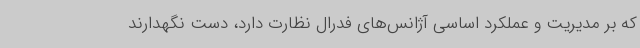
که بر مدیریت و عملکرد اساسی آژانس‌های فدرال نظارت دارد، دست نگهدارند